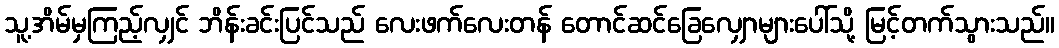
သူ့အိမ်မှကြည့်လျှင် ဘိန်းခင်းပြင်သည် လေးဖက်လေးတန် တောင်ဆင်ခြေလျှောများပေါ်သို့ မြင့်တက်သွားသည်။